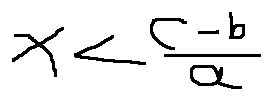
x < \frac { c - b } { a }